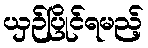
ယှဉ်ပြိုင်ရမည့်